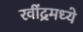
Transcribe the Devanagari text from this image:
रवींद्रमध्ये